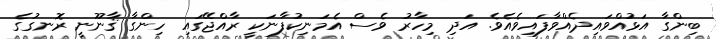
ބިންގާ އަޅުއްވައިދެއްވާފައިވެއެވެ. އަދި މިހާރު ވެސް އެމަނިކުފާނަކީ ރާއްޖޭގައި ހިންގާ ޤާނޫނީ ރޮނގުގެ